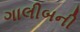
ગાલીબની